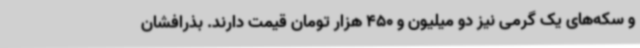
و سکه‌های یک گرمی نیز دو میلیون و 450 هزار تومان قیمت دارند. بذرافشان